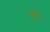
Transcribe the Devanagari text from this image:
चंबर